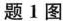
题1图